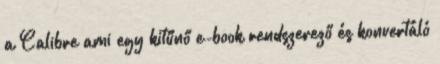
a Calibre ami egy kitűnő e-book rendszerező és konvertáló